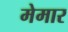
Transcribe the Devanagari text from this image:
मेमार